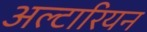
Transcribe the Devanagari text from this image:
अल्टारियन